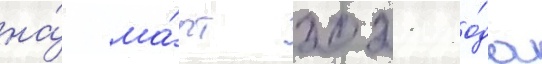
на́ ма́рт 2021 го́да